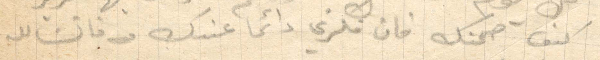
كيف صحتك فان فكري دائمًا عندك فانشالله